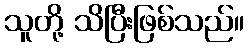
သူတို့ သိပြီးဖြစ်သည်။